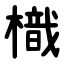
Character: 樴